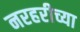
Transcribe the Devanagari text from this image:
नरहरीच्या